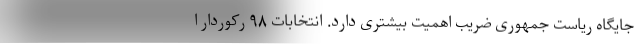
جایگاه ریاست جمهوری ضریب اهمیت بیشتری دارد. انتخابات ۹۸ رکوردار ا